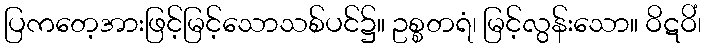
ပြကတေ့အားဖြင့်မြင့်သောသစ်ပင်၌။ ဥစ္စတရံ၊ မြင့်လွန်းသော။ ဝိဋဝိံ၊